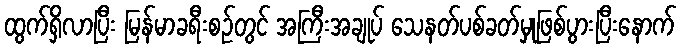
ထွက်ရှိလာပြီး မြန်မာခရီးစဉ်တွင် အကြီးအချုပ် သေနတ်ပစ်ခတ်မှုဖြစ်ပွားပြီးနောက်